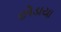
છોડાયા